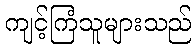
ကျင့်ကြံသူများသည်